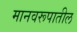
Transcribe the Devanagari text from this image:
मानवरूपातील